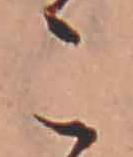
こ